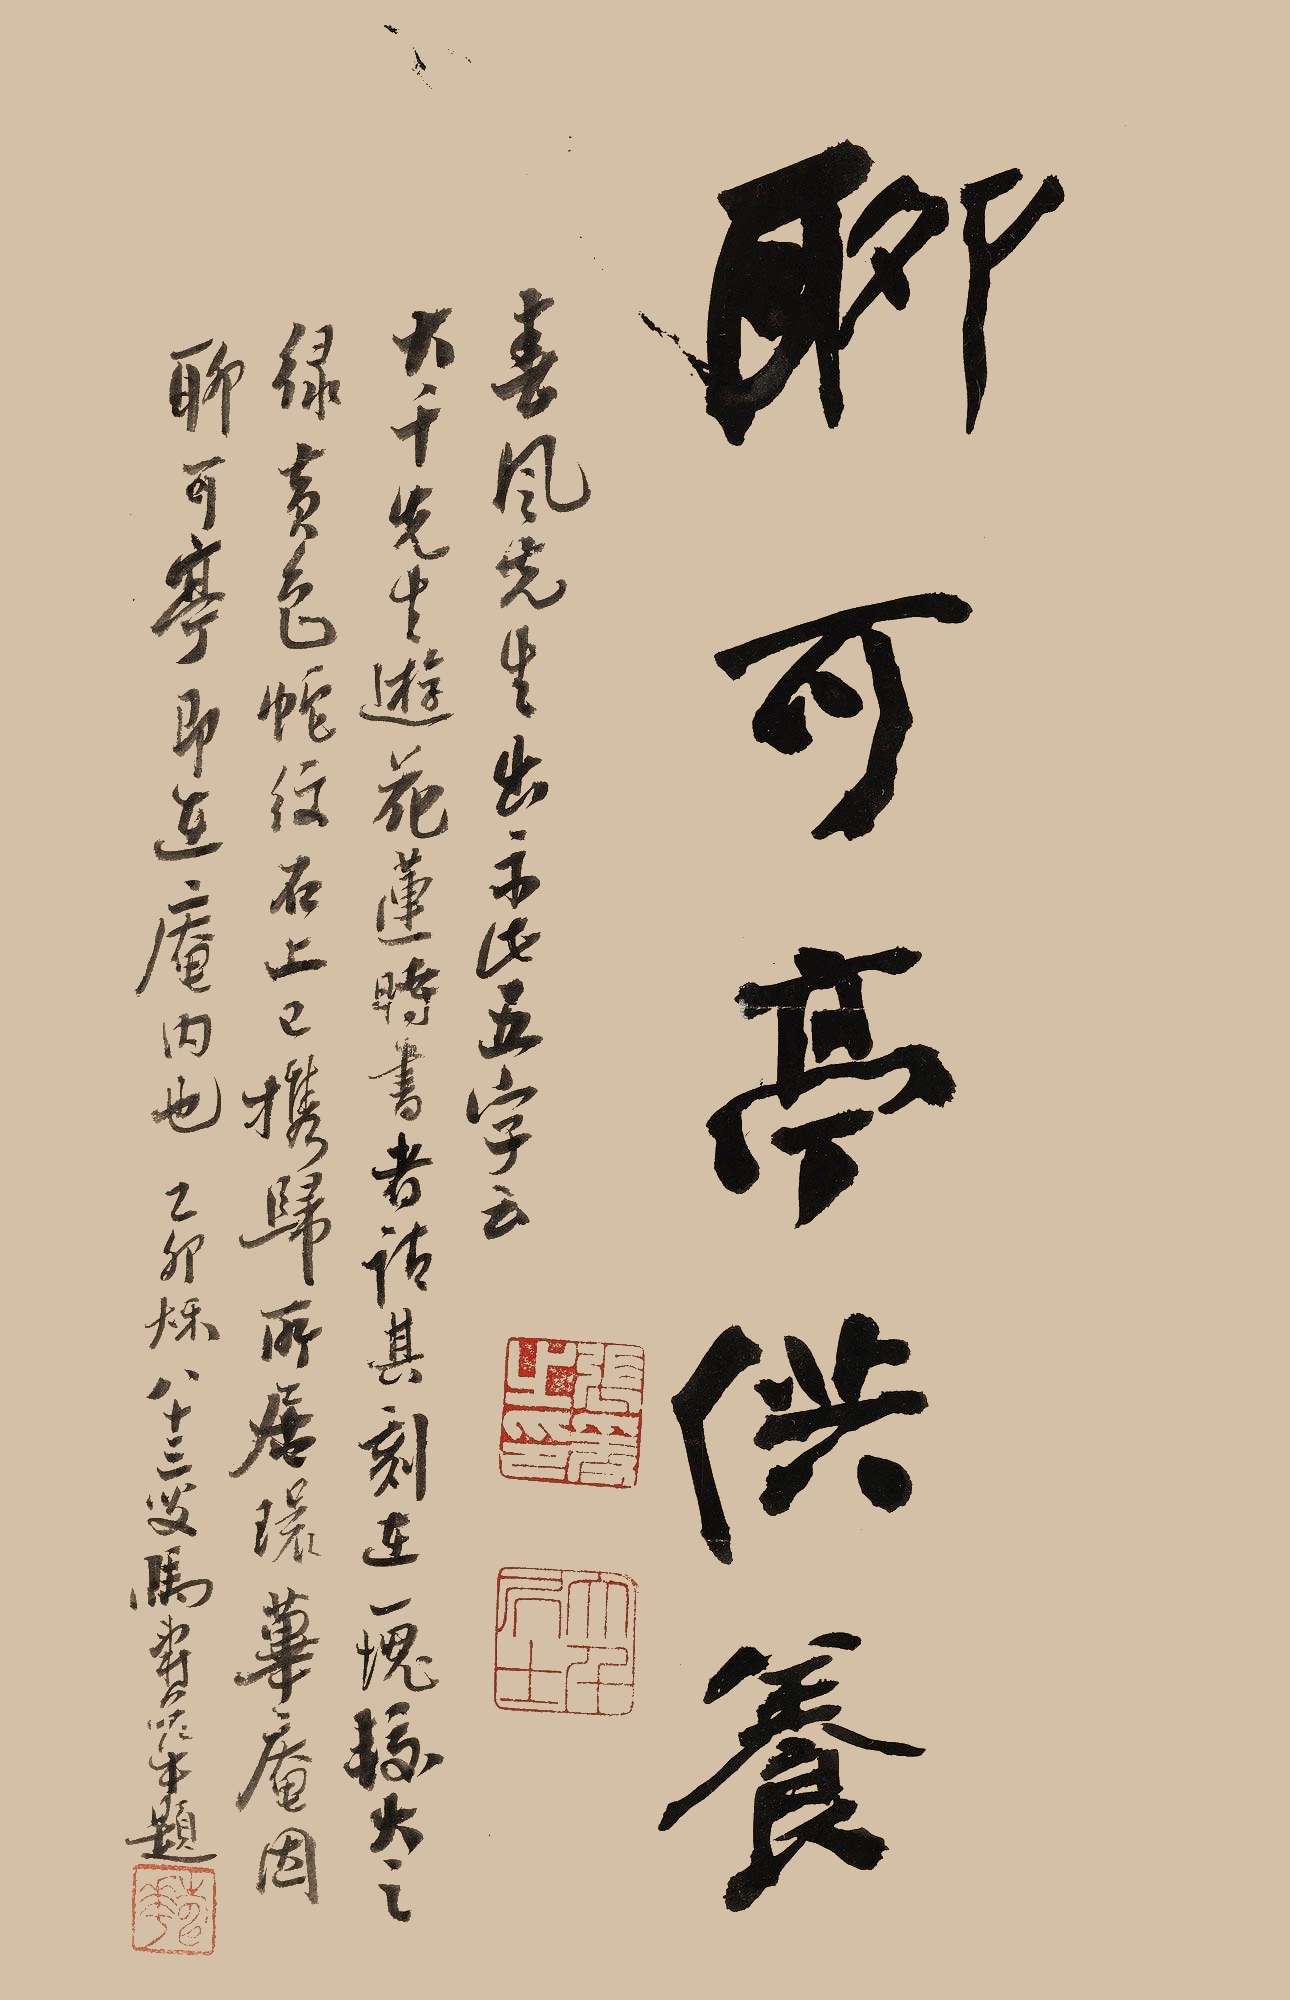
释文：聊可亭供养。春风先生出示此五字云：大千先生游花莲时，书者请其刻在一块较大之绿黄色蛇纹右上，已携归，所居环荜庵，因聊可亭即在庵内也。乙卯秋，八十三叟马寿华题。